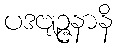
ပဒဗျဉ္ဇနာနိ